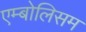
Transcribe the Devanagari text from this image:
एम्बोलिसम